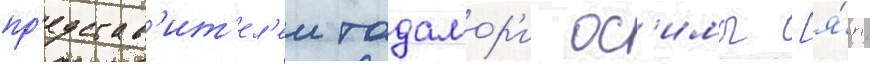
пр'едстав'ит'ел'еи тадамор'и ос'имы [я́п.